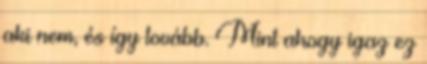
aki nem, és így tovább. Mint ahogy igaz ez